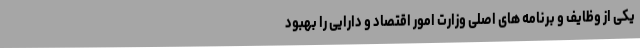
یکی از وظایف و برنامه های اصلی وزارت امور اقتصاد و دارایی را بهبود